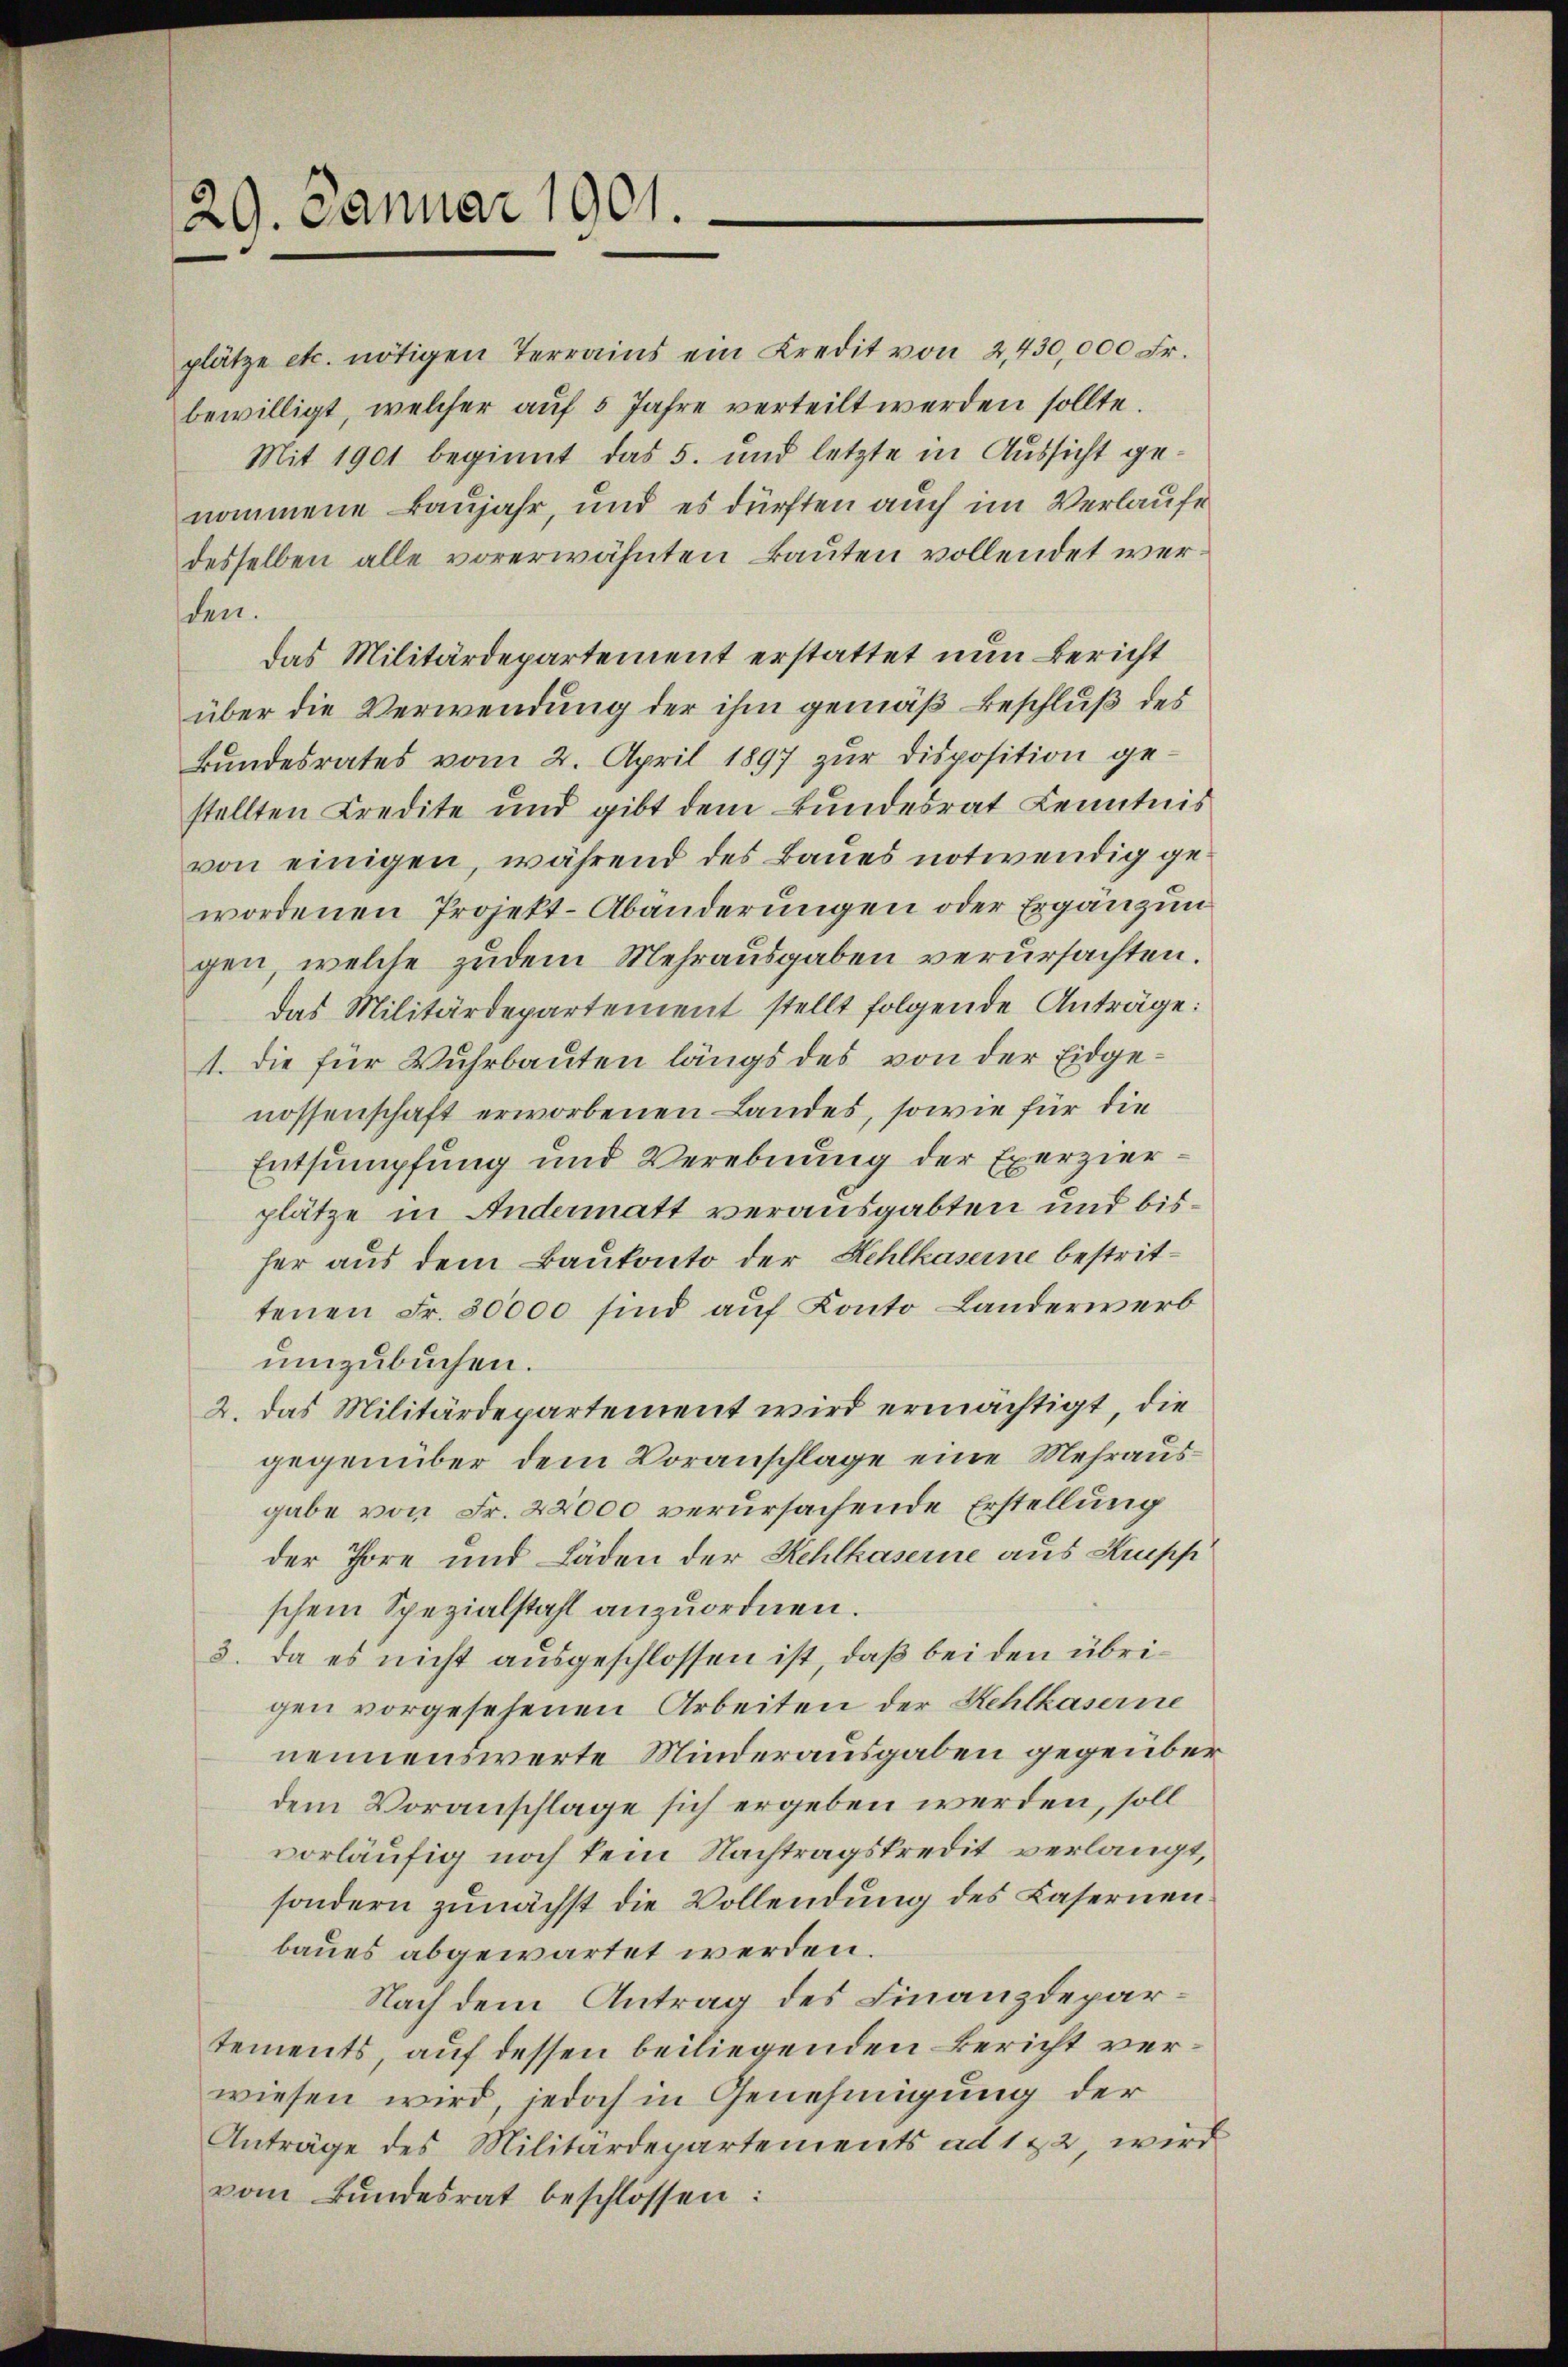
29. Januar 1901.

plätze etc. nötigen Terrains ein Kredit von 2,430,000 Fr.
bewilligt, welcher auf 5 Jahre verteilt werden sollte.
Mit 1901 beginnt das 5. und letzte in Aussicht genommene Baujahr, und es dürften auch im Verlaufe
desselben alle vorerwähnten Bauten vollendet werden.
das Militärdepartement erstattet nun Bericht
über die Verwendung der ihm gemäß Beschluß des
Bundesrates vom 2. April 1897 zur Disposition gestellten Credite und gibt dem Bundesrat Kenntnis
von einigen, während des Baues notwendig ge
wordenen Projekt-Abänderungen oder Ergänzun
gen, welche zudem Mehrausgaben verursachten.
das Militärdepartement stellt folgende Anträge:
1. die für Wuhrbauten längs des von der Eidgenossenschaft erworbenen Landes, sowie für die
Entsumpfung und Verebnung der Exerzierplätze in Andermatt verausgabten und bisher aus dem Baukonto der Kehlkaserne bestrittenen Fr. 30000 sind auf Konto Landerwerb
umzubuchen.
2. Das Militärdepartement wird ermächtigt, die
gegenüber dem Voranschlage eine Mehrausgabe von Fr. 22000 verursachende Erstellung
der Thore und Läden der Kehlkaserne aus Strupp
schem Spezialstahl anzuordnen.
3. Da es nicht ausgeschlossen ist, daß bei den übrigen vorgesehenen Arbeiten der Kehlkaserne
nennenswerte Minderausgaben gegenberdem Voranschlage sich ergeben werden, soll
vorläufig noch kein Nachtragskredit verlangt,
sondern zunächst die Vollendung des Casernen
baues abgewartet werden.
Nach dem Antrag des Finanzdepartements, auf dessen beiliegenden Bericht verwiesen wird, jedoch in Genehmigung der
Anträge des Militärdepartements ad 112 wird
vom Bŭndesrat beschlossen: